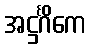
အဋ္ဌင်္ဂိကေ